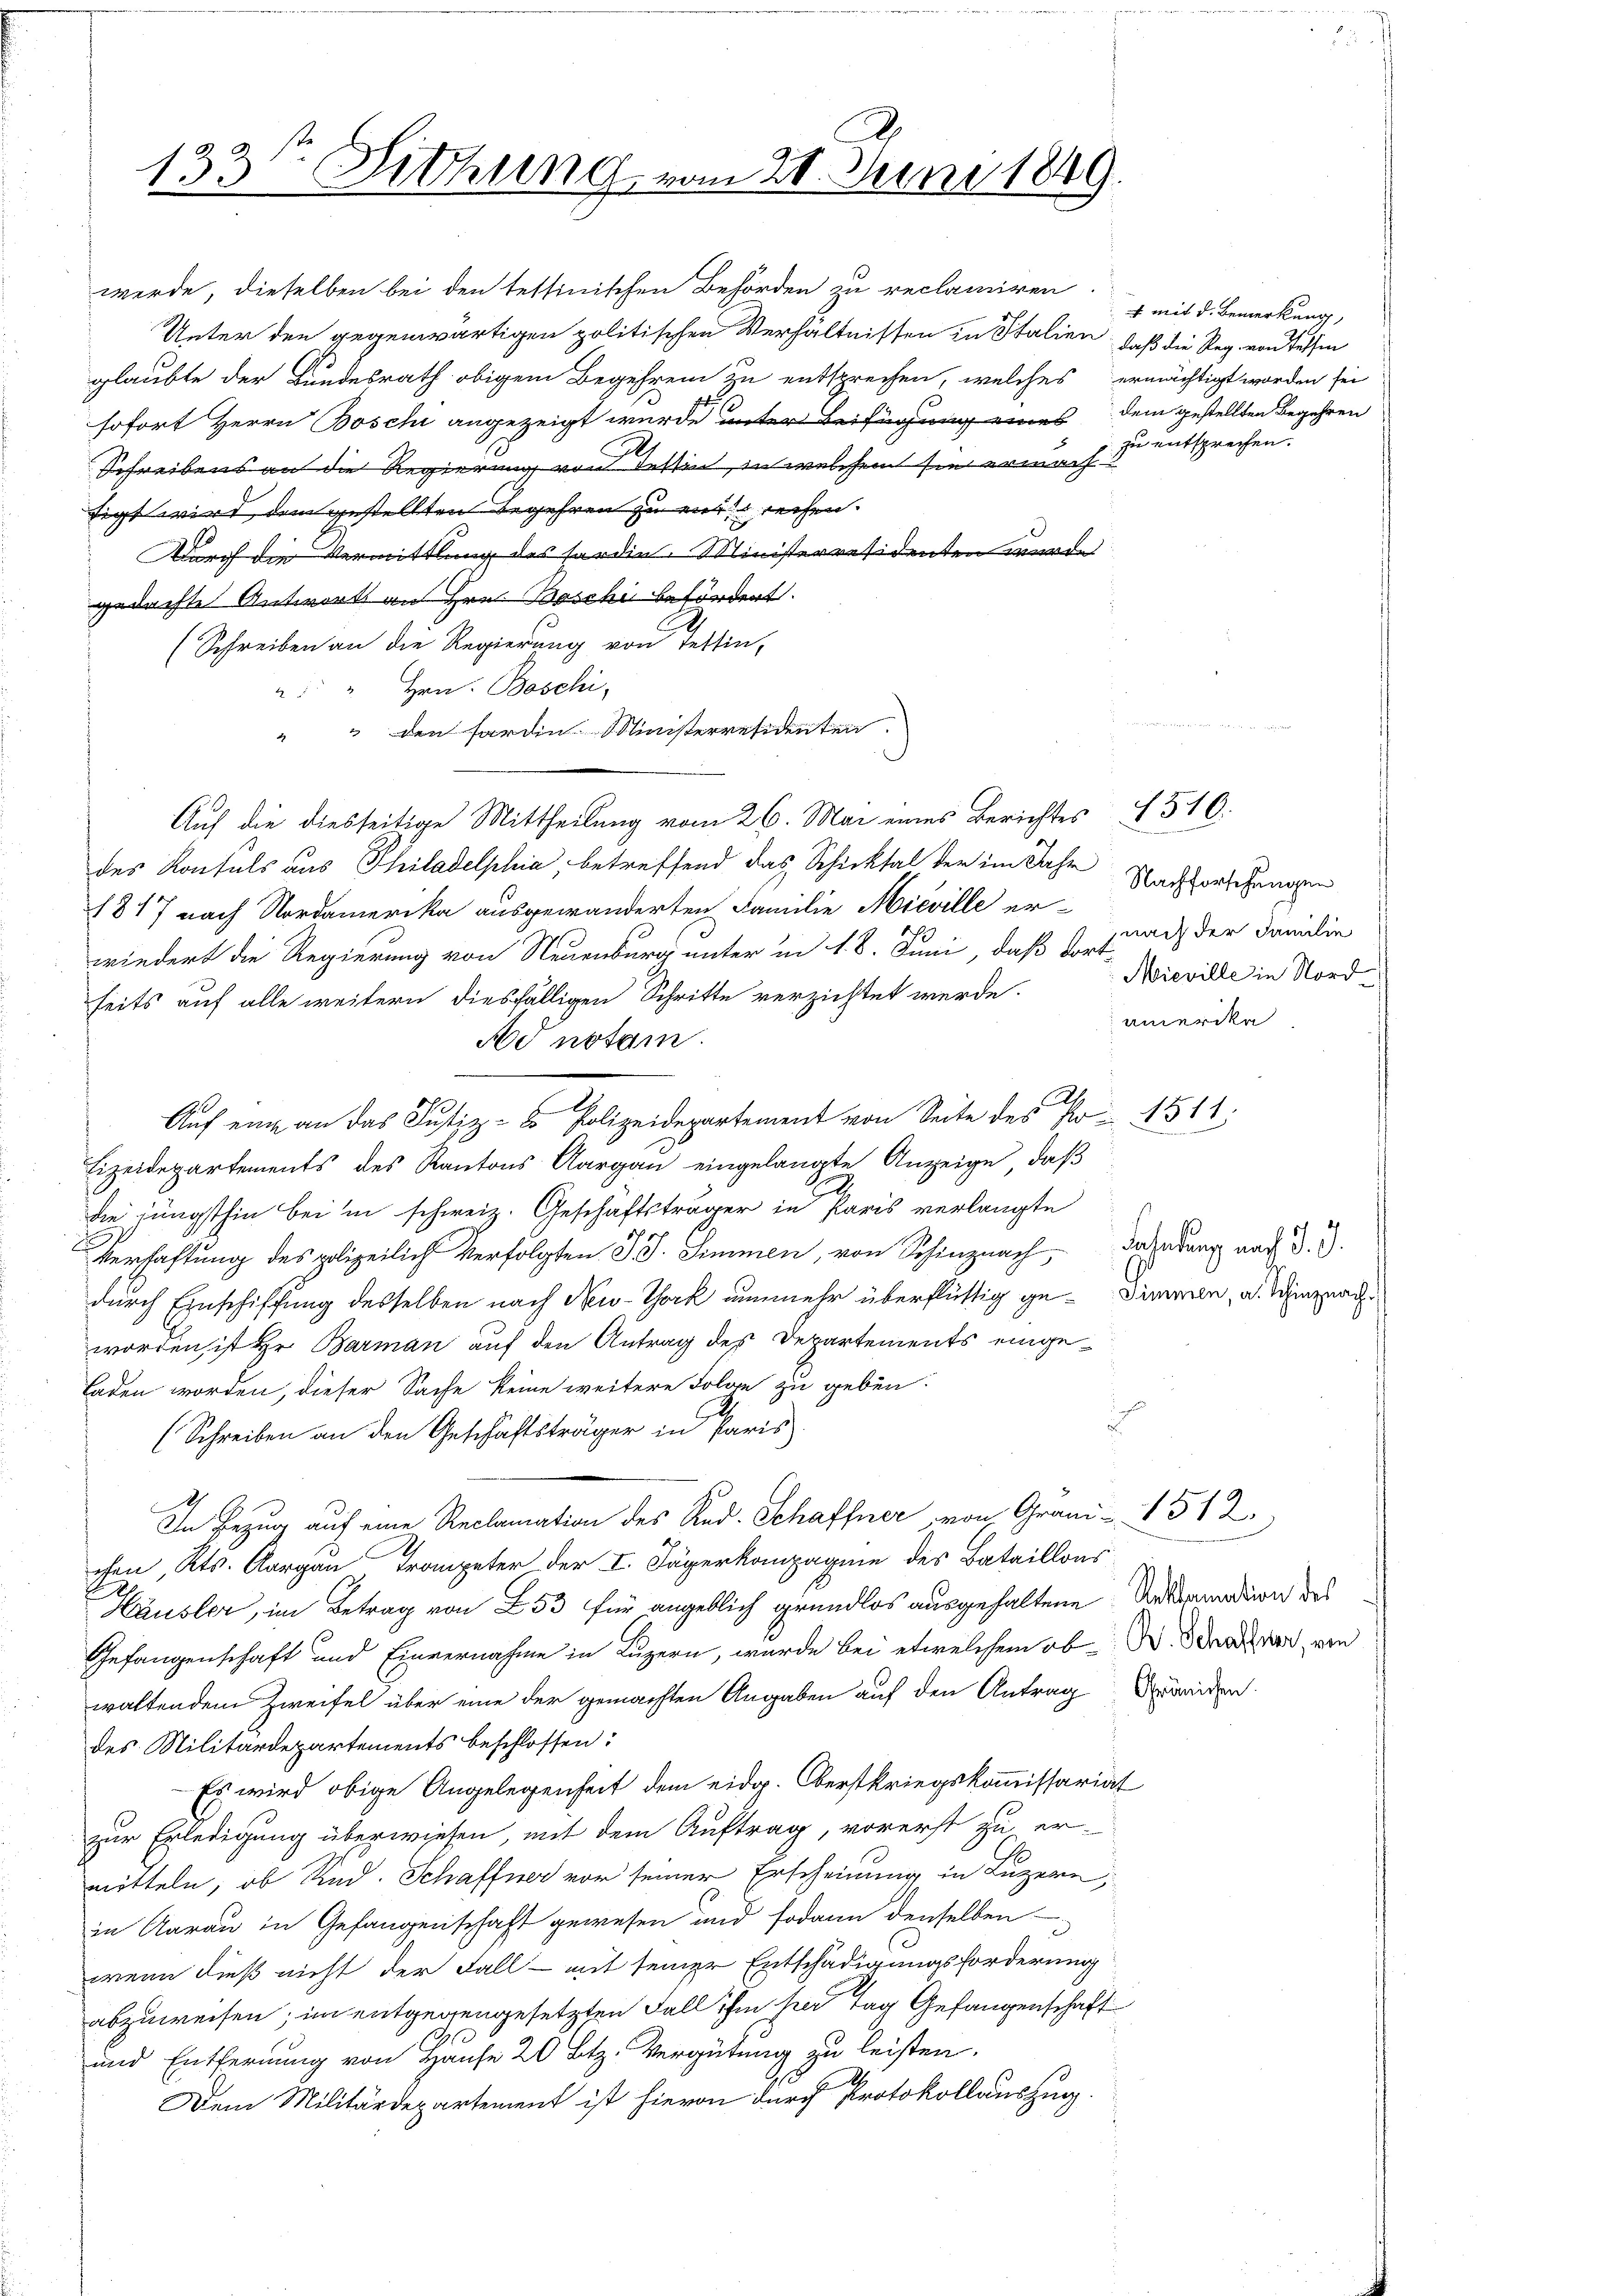
133te Sitzung vom 20. Juni 1849.
2

Unter den gegenwärtigen politischen Verhältnissen in Italien, daß die Reg. von dessen
glaubte der Bundesrath obigem Begehren zu entsprechen, welches ermächtigt worden sei
sofort Herrn Boschi angezeigt wurde unter Beifügung eines dem gestellten Begehren
Schreibens an die Regierung von Tessin, in welchem sie erwach
sigt wird den gestellten Begehren zu mir rechen.
Durch die Vermittlung des Sardin. Ministerresidenten wurde
gedachte Antworts an Hrn. Boschi befördert.
(Schreiben an die Regierung von Tettin,
" " Hrn. Beschi,
" " den fardin Ministerresidenten.
Auf die diesseitige Mittheilung vom 26. Mai eines Berichtes 1510.
des Konsuls aus Philadelphia, betreffend das Schicksal der im Jahr
1817 nach Nordamerika ausgewanderten Familie Mieville er-
wiedert die Regierung von Neuenburg unter in d. 8. Juni, daß dortseits auf alle weitern diesfälligen Schritte verzichtet werde.
Nd notam.
2
Auf eine an das Justiz- & Polizeidepartement von Seite des No 1311;
Lizeidepartements des Kantons Aargau eingelangte Anzeige, daß
die jüngsthin bei in schweiz. Geschäftsträger in Paris verlangte
Verhaftung des polizeilich verfolgten J. Simmen, von Schinznach Bahndung nach d. 3.
durch Einschiffung desselben nach New-York nunmehr überflüssig ge- Dimmen, a. Winznachworden ist Hr. Barman auf den Antrag des Departements eingeladen worden, dieser Sache keine weitere Folge zu geben.

2
(Schreiben an den Geschäftsträger in Paris
In Bezug auf eine Reclamation des Red. Schaffner von Grani- 1512
chen, Kts. Aargau, Trompeter der I. Jägerkompagnie des Bataillons
Häusler, im Betrag von 253 für angeblich grundlos ausgehaltene Unternation des
Gefangenschaft und Einvernahme in Luzern, wurde bei etwelchem ob-W. an der von
waltendem Zweifel über eine der gemachten Angaben auf den Antrag Seiden
des Militärdepartements beschlossen:
Es wird obige Angelegenheit dem eidg. Oberstkriegskommissariat
zur Erledigung überwiesen, mit dem Auftrag, vorerst zu er-
mitteln, ob Rind. Schaffner vor seiner Erscheinung in Luzern,
in Aarau in Gefangenschaft gewesen und sodann denselben
wenn dieß nicht der Fall - mit seiner Entschädigungsforderung
abzuweisen; im entgegengesetzten Fall ihm per Tag Gefangenschaft
und Entfernung von Hause 20 Btz. Vergütung zu leisten.
Dem Militärdepartement ist hievon durch Protokollauszug.

werde, dieselben bei den tessinischen Behörden zu reclamiren

l

4 mit d. Bemerkung,
zu entsprechen.

Nachforschungen
nach der Familie
Mieville in Nordamerika